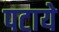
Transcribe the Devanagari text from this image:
पटाये